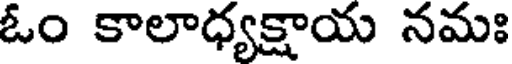
ఓం కాలాధ్యక్షాయ నమః